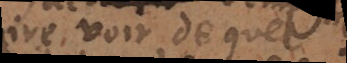
faire voir de quel